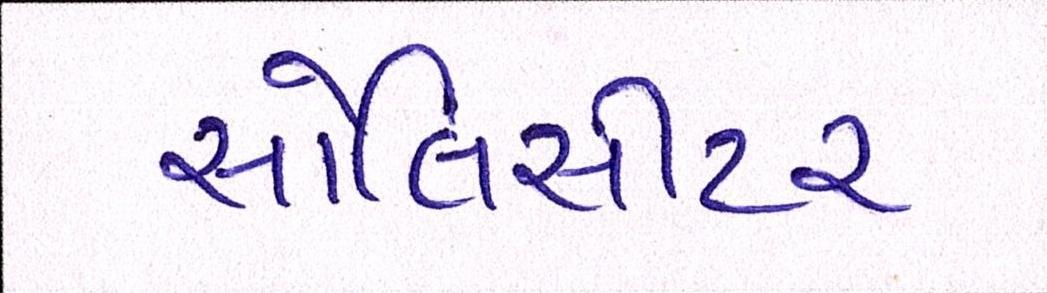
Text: સોલિસીટર